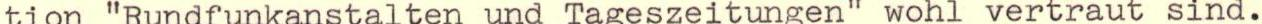
tion "Rundfunkanstalten und Tageszeitungen" wohl vertraut sind.